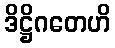
ဒိဋ္ဌိဂတေဟိ